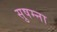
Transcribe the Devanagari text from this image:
सुषम्ना